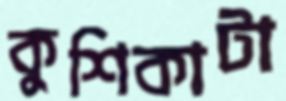
কুশিকাটা